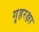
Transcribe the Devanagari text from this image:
गृहरक्षा